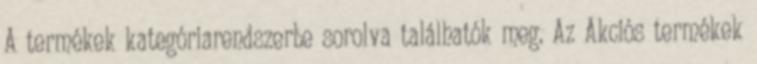
A termékek kategóriarendszerbe sorolva találhatók meg. Az Akciós termékek